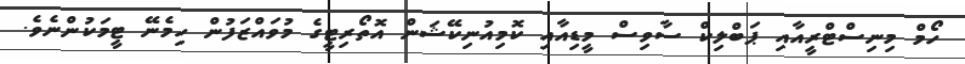
ހޯމް މިނިސްޓްރީއާއި ޕަބްލިކް ސާވިސް މީޑިއާއި ކޮމިއުނިކޭޝަން އޮތޯރިޓީގެ މުވައްޒަފުން ހިމެނޭ ޓީމަކުންނެވެ.